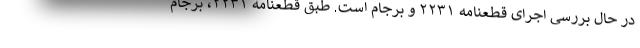
در حال بررسی اجرای قطعنامه ۲۲۳۱ و برجام است. طبق قطعنامه ۲۲۳۱، برجام